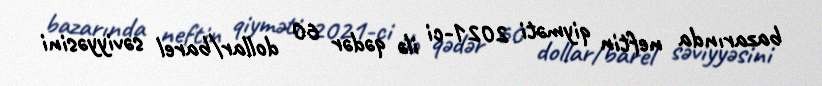
bazarında neftin qiyməti 2021-ci ilə qədər 60 dollar/barel səviyyəsini